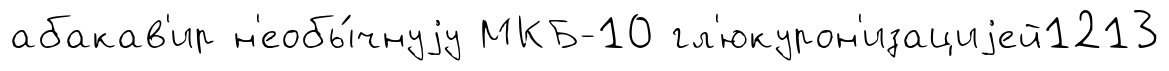
абакав'ир н'еобы́чнуjу МКБ-10 гл'юкурон'изациjей1213